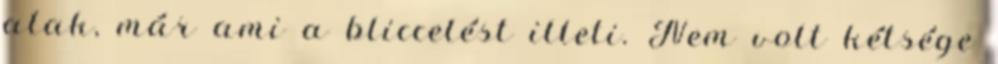
alak, már ami a bliccelést illeti. Nem volt kétsége